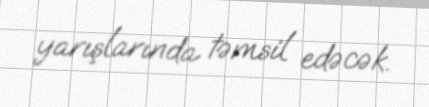
yarışlarında təmsil edəcək.